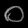
Digit: ၀